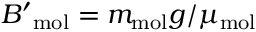
{ B ^ { \prime } } _ { \mathrm { { m o l } } } = m _ { \mathrm { m o l } } g / \mu _ { \mathrm { m o l } }